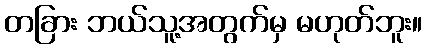
တခြား ဘယ်သူ့အတွက်မှ မဟုတ်ဘူး။